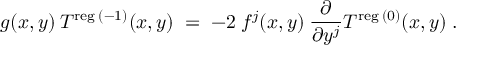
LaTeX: g ( x , y ) \: T ^ { \mathrm { \scriptsize { r e g } } \: ( - 1 ) } ( x , y ) \; = \; - 2 \: f ^ { j } ( x , y ) \: \frac { \partial } { \partial y ^ { j } } T ^ { \mathrm { \scriptsize { r e g } } \: ( 0 ) } ( x , y ) \; .